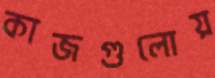
কাজগুলোয়